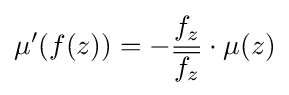
\displaystyle {\mu ^{\prime }(f(z))=-{f_{z} \over {\overline {f_{z}}}}\cdot \mu (z)}